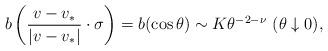
LaTeX: \begin{align*}b\left(\frac{v-v_*}{\vert v-v_* \vert}\cdot \sigma\right) = b(\cos \theta)\sim K \theta^{-2-\nu}\ (\theta \downarrow 0),\end{align*}